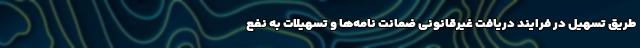
طریق تسهیل در فرایند دریافت غیرقانونی ضمانت نامه‌ها و تسهیلات به نفع